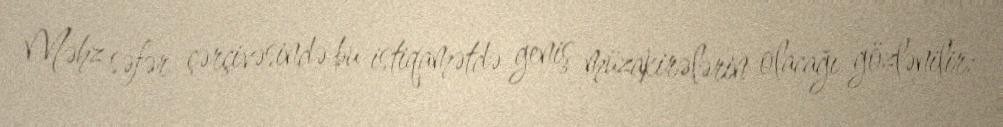
Məhz səfər çərçivəsində bu istiqamətdə geniş müzakirələrin olacağı gözlənilir: